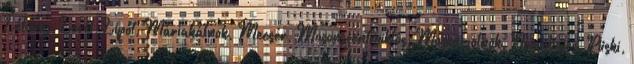
Lébény, Levél, Lipót, Máriakálnok, Mecsér, Mosonszentmiklós, Mosonszolnok, Nagybajcs, Püski,